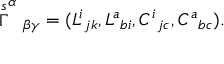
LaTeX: \stackrel { s } { \Gamma } ^ { \alpha } { } _ { \beta \gamma } = ( L ^ { i } { } _ { j k } , L ^ { a } { } _ { b i } , C ^ { i } { } _ { j c } , C ^ { a } { } _ { b c } ) .